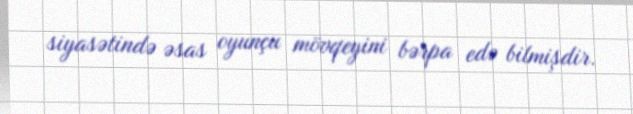
siyasətində əsas oyunçu mövqeyini bərpa edə bilmişdir.